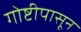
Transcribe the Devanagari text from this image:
गोष्टीपासून